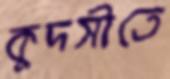
কুদসীতে